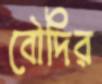
বৌদির